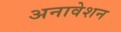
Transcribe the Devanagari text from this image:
अनावेशन